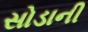
સોડાની